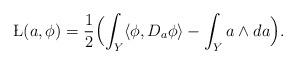
LaTeX: \begin{align*}\L(a,\phi) = \frac{1}{2} \Bigl(\int_Y \langle \phi, D_a \phi \rangle - \int_Y a \wedge da \Bigr). \end{align*}